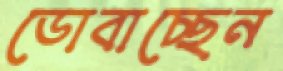
ডোবাচ্ছেন